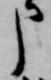
申